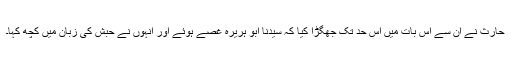
حارث نے ان سے اس بات میں اس حد تک جھگڑا کیا کہ سیدنا ابو ہریرہؓ غصے ہوئے اور انہوں نے حبش کی زبان میں کچھ کہا۔